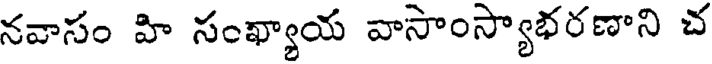
నవాసం హి సంఖ్యాయ వాసాంస్యాభరణాని చ